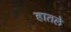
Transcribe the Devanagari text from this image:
हातले